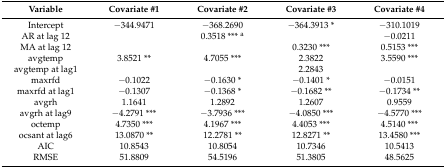
<table><thead><tr><td><b>Variable</b></td><td><b>Covariate #1</b></td><td><b>Covariate #2</b></td><td><b>Covariate #3</b></td><td><b>Covariate #4</b></td></tr></thead><tbody><tr><td>Intercept</td><td>−344.9471</td><td>−368.2690 </td><td>−364.3913 *</td><td>−310.1019</td></tr><tr><td>AR at lag 12</td><td></td><td>0.3518 *** <sup>a</sup></td><td></td><td>−0.0211</td></tr><tr><td>MA at lag 12</td><td></td><td></td><td>0.3230 ***</td><td>0.5153 ***</td></tr><tr><td>avgtemp</td><td>3.8521 **</td><td>4.7055 ***</td><td>2.3822</td><td>3.5590 ***</td></tr><tr><td>avgtemp at lag1</td><td></td><td></td><td>2.2843</td><td></td></tr><tr><td>maxrfd</td><td>−0.1022</td><td>−0.1630 *</td><td>−0.1401 *</td><td>−0.0151</td></tr><tr><td>maxrfd at lag1</td><td>−0.1307</td><td>−0.1368 *</td><td>−0.1682 **</td><td>−0.1734 **</td></tr><tr><td>avgrh</td><td>1.1641</td><td>1.2892</td><td>1.2607</td><td>0.9559 </td></tr><tr><td>avgrh at lag9</td><td>−4.2791 ***</td><td>−3.7936 ***</td><td>−4.0850 ***</td><td>−4.5770 ***</td></tr><tr><td>octemp</td><td>4.7350 ***</td><td>4.1967 ***</td><td>4.4053 ***</td><td>4.5140 ***</td></tr><tr><td>ocsant at lag6</td><td>13.0870 **</td><td>12.2781 **</td><td>12.8271 **</td><td>13.4580 ***</td></tr><tr><td>AIC</td><td>10.8543</td><td>10.8054</td><td>10.7346</td><td>10.5413</td></tr><tr><td>RMSE</td><td>51.8809</td><td>54.5196</td><td>51.3805</td><td>48.5625</td></tr></tbody></table>